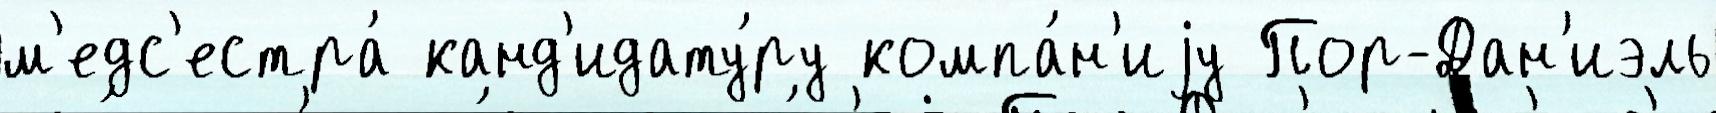
м'едс'естра́ канд'идату́ру компа́н'иjу Пор-Дан'иэль